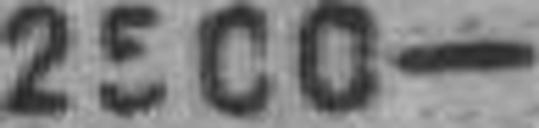
248.71